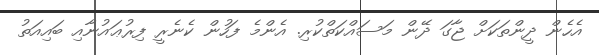
އެހެން ދީންތަކަށް ޖާގަ ދޭން މަސައްކަތްކުރި. އެންމެ ފަހުން ކެނެރީ ފިރުޢައުނާއި ބައިއަތު